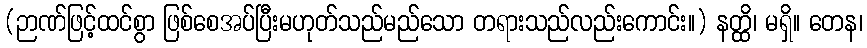
(ဉာဏ်ဖြင့်ထင်စွာ ဖြစ်စေအပ်ပြီးမဟုတ်သည်မည်သော တရားသည်လည်းကောင်း။) နတ္ထိ၊ မရှိ။ တေန၊